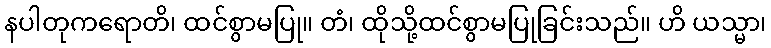
နပါတုကရောတိ၊ ထင်စွာမပြု။ တံ၊ ထိုသို့ထင်စွာမပြုခြင်းသည်။ ဟိ ယသ္မာ၊